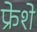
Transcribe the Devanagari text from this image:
फ्रेशे